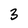
Character: 3